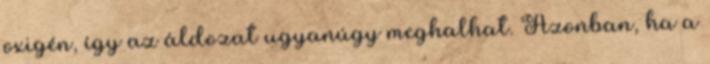
oxigén, így az áldozat ugyanúgy meghalhat. Azonban, ha a